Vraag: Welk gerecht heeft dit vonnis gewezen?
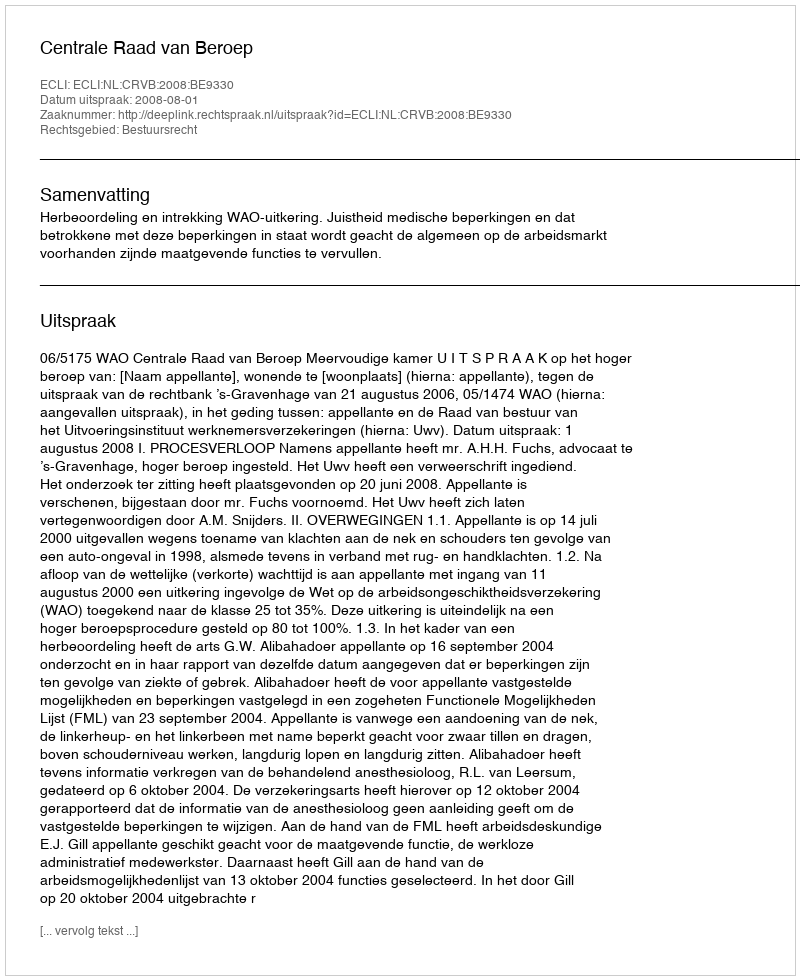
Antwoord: Centrale Raad van Beroep